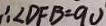
\therefore \angle D F B = 9 0